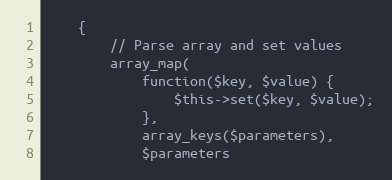
Language: PHP
    {
        // Parse array and set values
        array_map(
            function($key, $value) {
                $this->set($key, $value);
            },
            array_keys($parameters),
            $parameters